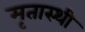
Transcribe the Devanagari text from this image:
मृतास्थी